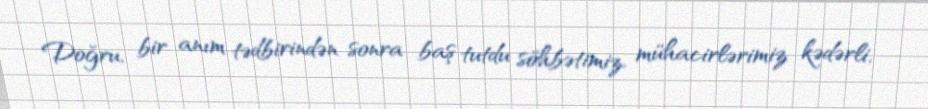
Doğru, bir anım tədbirindən sonra baş tutdu söhbətimiz, mühacirlərimiz kədərli,